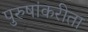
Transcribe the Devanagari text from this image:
पुरुषांकरीता